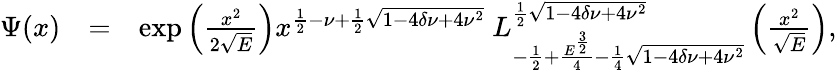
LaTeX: \begin{array}{rlr}{\Psi(x)}&{=}&{\exp\left(\frac{x^{2}}{2\sqrt{E}}\right)x^{\frac{1}{2}-\nu+\frac{1}{2}\sqrt{1-4\delta\nu+4\nu^{2}}}~L_{-\frac{1}{2}+\frac{E^{\frac{3}{2}}}{4}-\frac{1}{4}\sqrt{1-4\delta\nu+4\nu^{2}}}^{\frac{1}{2}\sqrt{1-4\delta\nu+4\nu^{2}}}\left(\frac{x^{2}}{\sqrt{E}}\right),}\end{array}